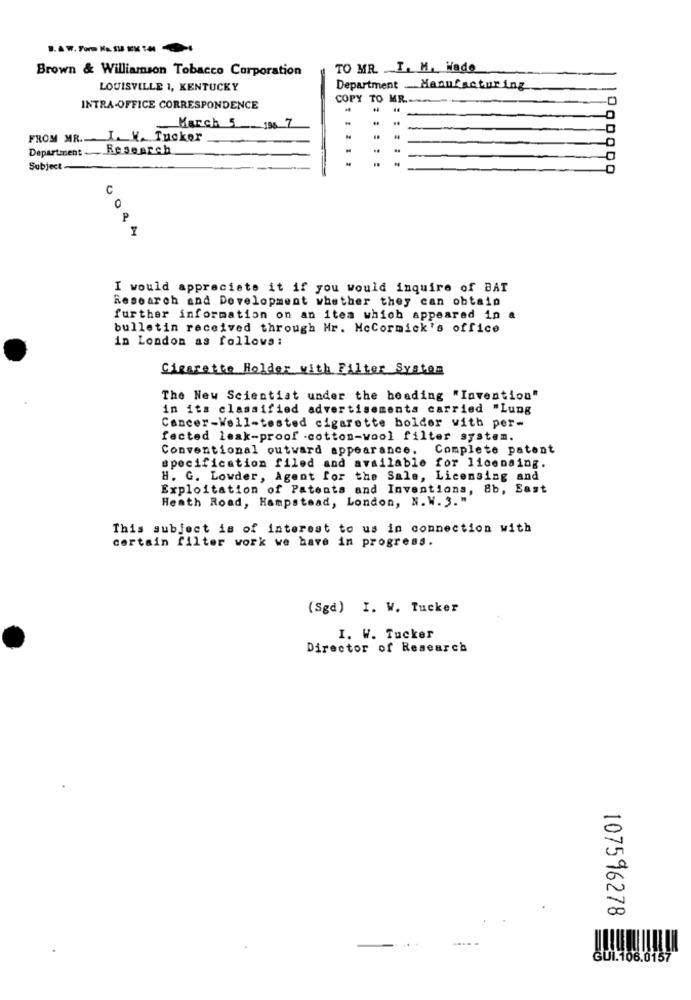
Brown & Williamson Tobacco Corporation
TO MR. I. M. Hade
LOUISVILLE 1, KENTUCKY
Department __ Manufacturing
COPY TO MR.
INTRA-OFFICE CORRESPONDENCE
March 5 196 7
FROM MR. I. W. Tucker
Department_ Research
Subject
1000000
C
0
P
I would appreciate it if you would inquire of BAT
Research and Development whether they can obtain
further information on an item which appeared in a
bulletin received through Mr. McCormick's office
in London as follows:
Cigarette Holder with Filter System
The New Scientist under the heading "Invention"
in its classified advertisements carried "Lung
Cancer-Well-tested cigarette bolder vith per-
fected leak-proof .cotton-wool filter system.
Conventional outward appearance. Complete patent
specification filed and available for licensing.
H. G. Lowder, Agent for the Sale, Licensing and
Exploitation of Patents and Inventions, 8b, East
Heath Road, Hampstead, London, N. W. 3. "
This subject is of interest to us in connection with
certain filter work we have in progress.
(Sgd) I. W. Tucker
I. W. Tucker
Director of Research
107596278
GUI.106.0157